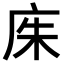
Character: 𫷨